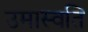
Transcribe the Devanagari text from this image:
उमास्वति